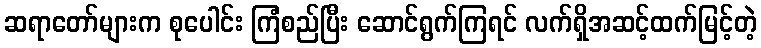
ဆရာတော်များက စုပေါင်း ကြံစည်ပြီး ဆောင်ရွက်ကြရင် လက်ရှိအဆင့်ထက်မြင့်တဲ့